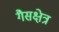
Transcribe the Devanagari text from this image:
गैसक्षेत्र